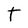
Character: T